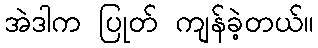
အဲဒါက ပြုတ် ကျန်ခဲ့တယ်။